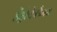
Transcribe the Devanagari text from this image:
डेंड्रोकेलैमस